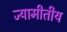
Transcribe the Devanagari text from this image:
ज्यामीतीय